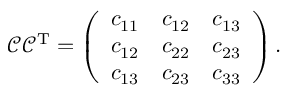
\mathcal { C } \mathcal { C } ^ { \mathrm { T } } = \left( \begin{array} { l l l } { c _ { 1 1 } } & { c _ { 1 2 } } & { c _ { 1 3 } } \\ { c _ { 1 2 } } & { c _ { 2 2 } } & { c _ { 2 3 } } \\ { c _ { 1 3 } } & { c _ { 2 3 } } & { c _ { 3 3 } } \end{array} \right) .